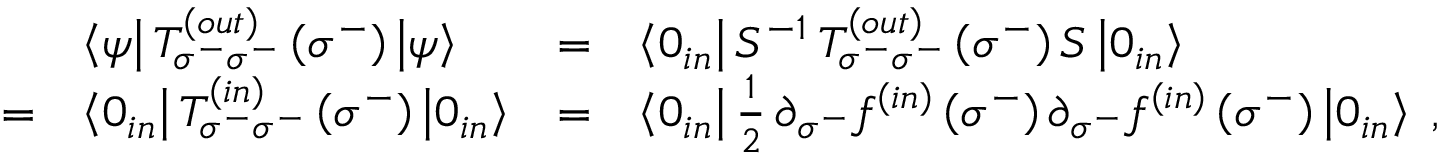
\begin{array} { l l l l } { { \ } } & { { \left< \psi \right| T _ { \sigma ^ { - } \sigma ^ { - } } ^ { \left( o u t \right) } \left( \sigma ^ { - } \right) \left| \psi \right> } } & { { = } } & { { \left< 0 _ { i n } \right| S ^ { - 1 } \, T _ { \sigma ^ { - } \sigma ^ { - } } ^ { \left( o u t \right) } \left( \sigma ^ { - } \right) S \left| 0 _ { i n } \right> } } \\ { { = } } & { { \left< 0 _ { i n } \right| T _ { \sigma ^ { - } \sigma ^ { - } } ^ { \left( i n \right) } \left( \sigma ^ { - } \right) \left| 0 _ { i n } \right> } } & { { = } } & { { \left< 0 _ { i n } \right| { \frac { 1 } { 2 } } \, \partial _ { \sigma ^ { - } } f ^ { \left( i n \right) } \left( \sigma ^ { - } \right) \partial _ { \sigma ^ { - } } f ^ { \left( i n \right) } \left( \sigma ^ { - } \right) \left| 0 _ { i n } \right> \; , } } \end{array}